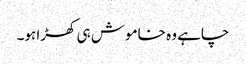
چاہے وہ خاموش ہی کھڑا ہو۔